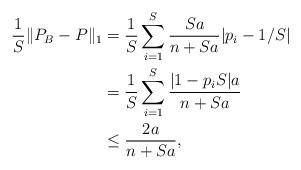
LaTeX: \begin{align*}\frac{1}{S} \| P_B - P \|_1 & = \frac{1}{S} \sum_{i = 1}^S \frac{Sa}{n+Sa} |p_i - 1/S| \\& = \frac{1}{S} \sum_{i = 1}^S \frac{|1-p_i S|a}{n+Sa} \\& \leq \frac{2a}{n+Sa},\end{align*}